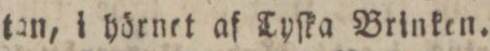
tan, i hörnet af Tyſka Brinken.